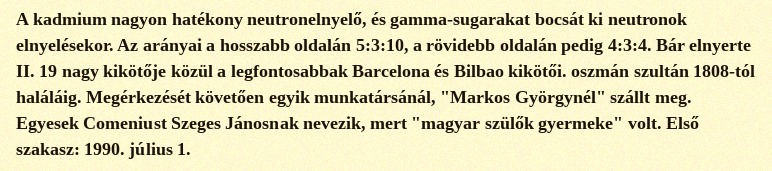
A kadmium nagyon hatékony neutronelnyelő, és gamma-sugarakat bocsát ki neutronok elnyelésekor. Az arányai a hosszabb oldalán 5:3:10, a rövidebb oldalán pedig 4:3:4. Bár elnyerte II. 19 nagy kikötője közül a legfontosabbak Barcelona és Bilbao kikötői. oszmán szultán 1808-tól haláláig. Megérkezését követően egyik munkatársánál, "Markos Györgynél" szállt meg. Egyesek Comeniust Szeges Jánosnak nevezik, mert "magyar szülők gyermeke" volt. Első szakasz: 1990. július 1.